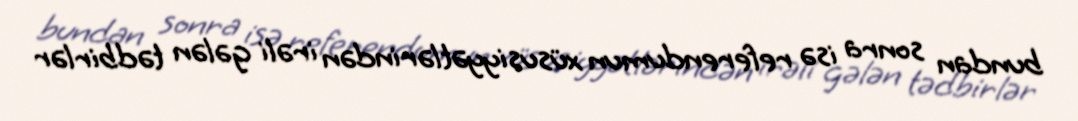
bundan sonra isə referendumun xüsusiyyətlərindən irəli gələn tədbirlər